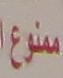
ممنوع